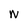
Character: N